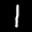
Label: 1